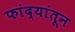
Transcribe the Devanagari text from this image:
फांद्यांतून